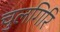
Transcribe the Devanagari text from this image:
चुलगिरि